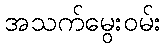
အသက်မွေးဝမ်း